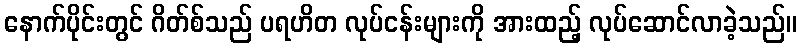
နောက်ပိုင်းတွင် ဂိတ်စ်သည် ပရဟိတ လုပ်ငန်းများကို အားထည့် လုပ်ဆောင်လာခဲ့သည်။